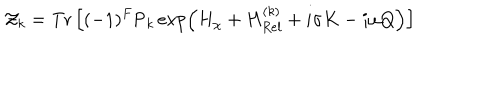
{ \cal Z } _ { k } = \mathrm { T r } \left[ ( - 1 ) ^ { F } \mathrm { P } _ { k } \exp \left( H _ { \chi } + H _ { R e l } ^ { ( k ) } + i \sigma K - i \omega Q \right) \right]